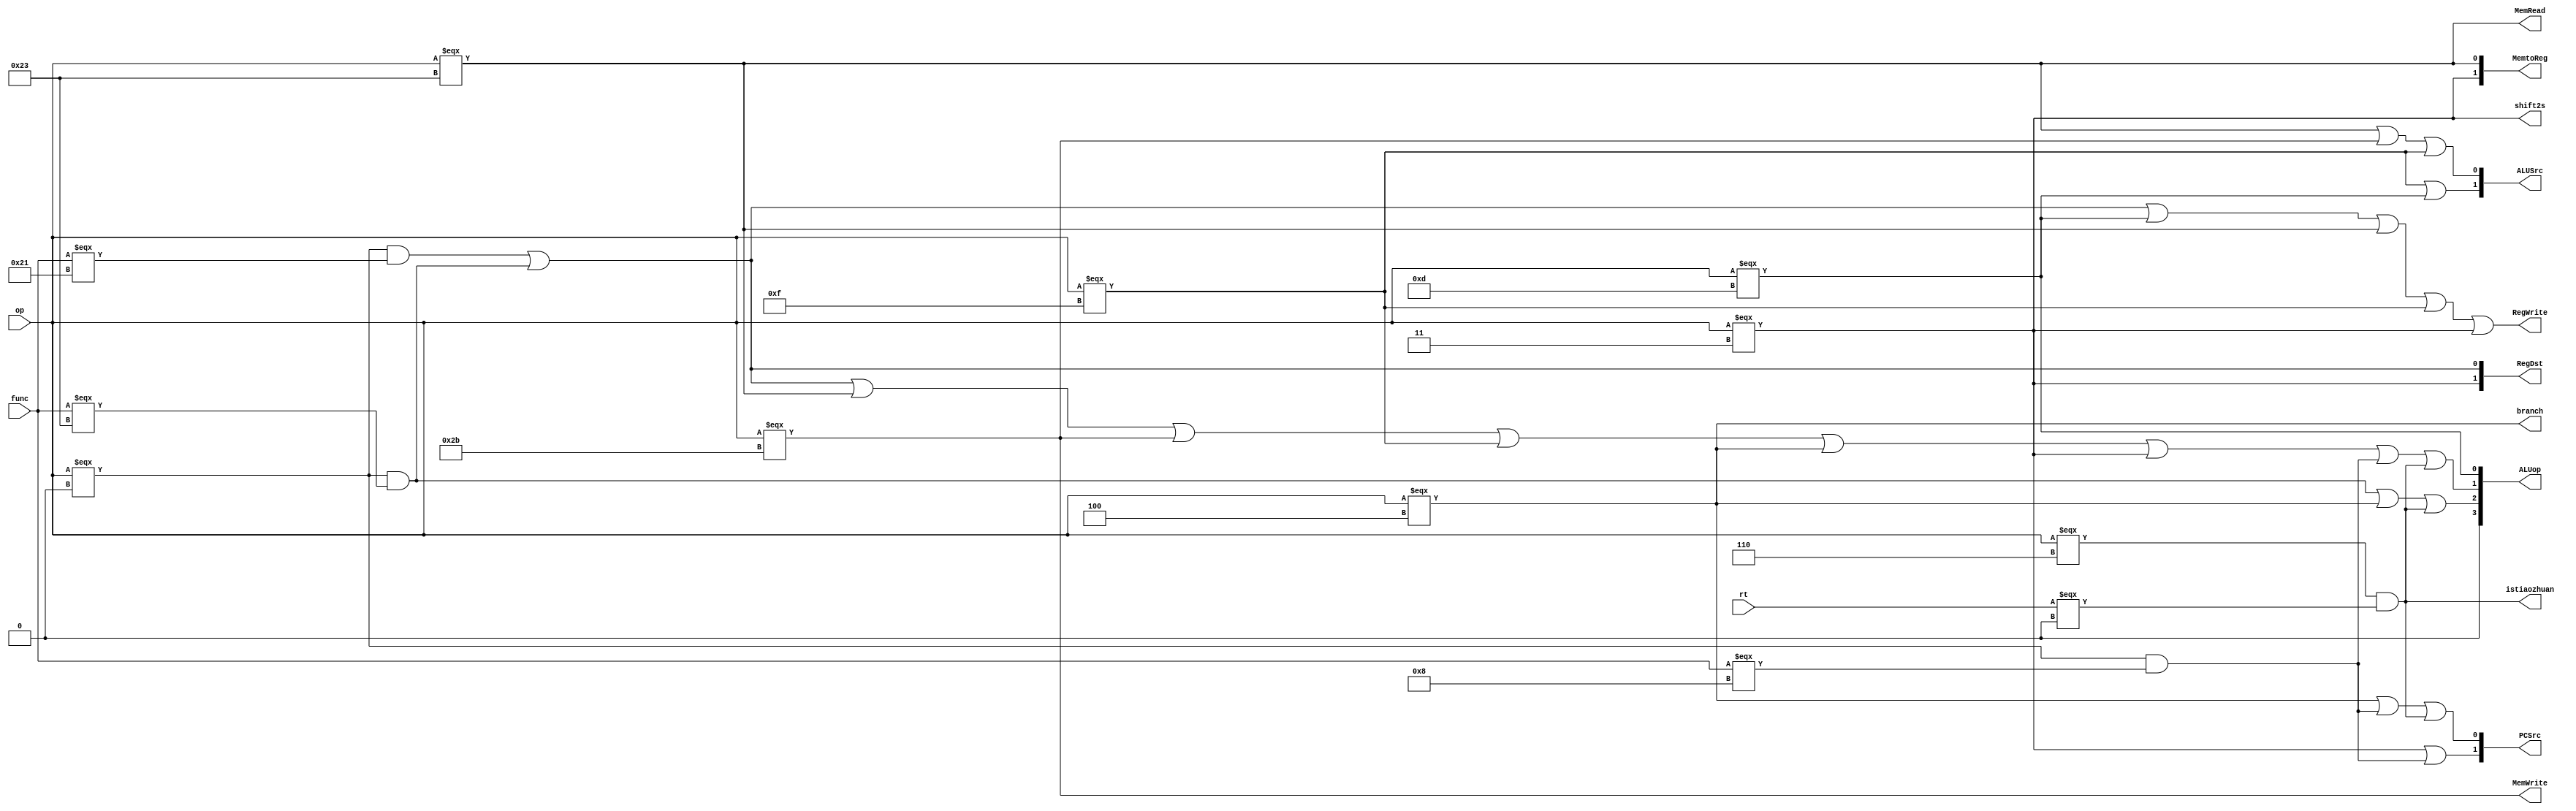
`timescale 1ns / 1ps
//////////////////////////////////////////////////////////////////////////////////
// Company: 
// Engineer: 
// 
// Design Name: 
// Module Name:    controller 
// Project Name: 
// Target Devices: 
// Tool versions: 
// Description: 
//
// Dependencies: 
//
// Revision: 
// Revision 0.01 - File Created
// Additional Comments: 
//
//////////////////////////////////////////////////////////////////////////////////
module controller(
	input [5:0] func,
	input [5:0] op,
	input [4:0] rt,
	output  RegWrite,
	output  MemRead,
	output  MemWrite,
	output	[1:0]RegDst,
	output branch,
	output  [1:0] MemtoReg,
	output  [1:0] PCSrc,
	output 	[3:0]ALUop,
	output  shift2s,
	output  [1:0]ALUSrc,
	output istiaozhuan////////////////////////////////////////////////////////////////////////////////////
    );
    
	wire addu;
	wire subu;
	wire ori;
	wire lw;
	wire sw;
	wire lui;
	wire beq;
	wire jal;
	wire jr;
	wire nop;
	wire blez;/////////////////////////////////////////////////////////////////////////////////////////////////
	
	assign addu = (op === 6'b000000 && func === 6'b100001);
	assign subu = (op === 6'b000000 && func === 6'b100011);
	assign ori = (op === 6'b001101);
	assign lw = (op === 6'b100011);
	assign sw = (op === 6'b101011);
	assign lui = (op === 6'b001111);
	assign beq = (op === 6'b000100);
	assign jal = (op === 6'b000011);
	assign jr = (op === 6'b000000 && func === 6'b001000);
	assign nop = (op === 6'b000000 && func === 6'b000000);
	
	assign blez = (op === 6'b000110 && rt === 5'b00000);////////////////////////////
	
	assign RegWrite = addu | subu | ori | lw | lui | jal;
	assign MemRead = lw;
	assign MemWrite = sw;
	assign RegDst[1] = jal;
	assign RegDst[0] = addu | subu;
	assign branch = beq;
	assign MemtoReg[1] = jal;
	assign MemtoReg[0] = lw;
	assign PCSrc[1] = jal | jr;
	assign PCSrc[0] = beq | jr | blez;												//
	assign ALUop[3] = 0;
	assign ALUop[2] = subu | beq | blez;											//
	assign ALUop[1] = addu | subu | lw | sw | lui | beq | jal | jr | blez;				//
	assign ALUop[0] = ori;
	assign shift2s = jal;
	assign ALUSrc[1] = lui | ori; 
	assign ALUSrc[0] = lw | sw | lui;
	
	assign istiaozhuan = blez;////////////////////////////////////////////////////////////////////////////
	
endmodule